Scottish Leaving Certificate Examination, 1955
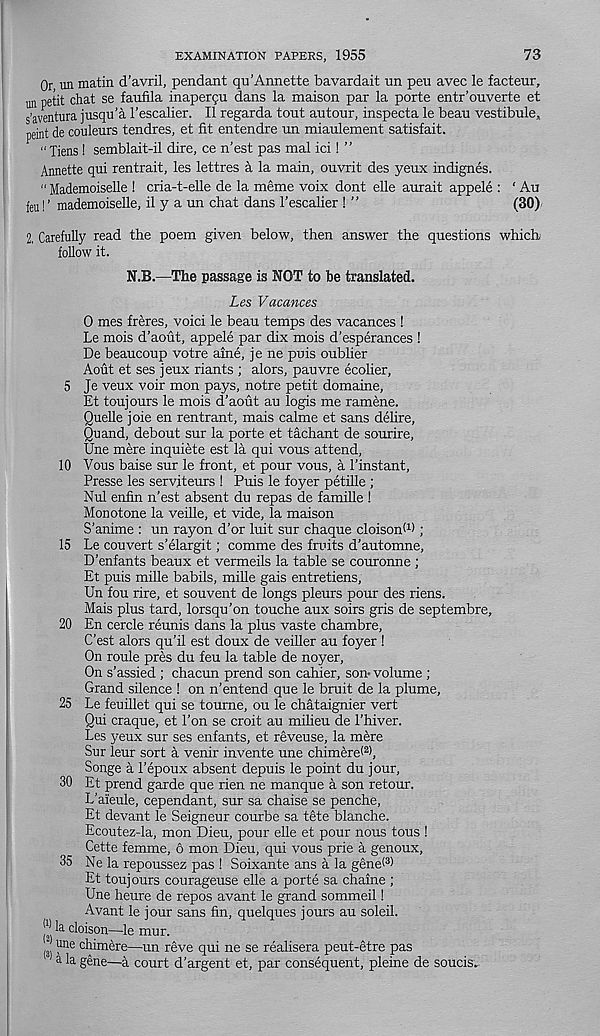
73
EXAMINATION PAPERS, 1955
Or un matin d’avril, pendant qu’Annette bavardait un pen avec le facteur,
un petit chat se faufila inapei^u dans la maison par la porte entr’ouverte et
s’aventura jusqu’a 1’escalier. II regarda tout autour, inspecta le beau vestibule,
peint de couleurs tendres, et fit entendre un miaulement satisfait.
“ Tiens ! semblait-il dire, ce n’est pas mal ici! ”
Annette qui rentrait, les lettres a la main, ouvrit des yeux indignes.
" Mademoiselle ! cria-t-elle de la meme voix dont elle aurait appele : ‘ Au
feu! ’ mademoiselle, il y a un chat dans 1’escalier ! ”
(30)'
2, Carefully read the poem given below, then answer the questions which
follow it.
N.B.—The passage is NOT to be translated.
Les Vacances
0 mes freres, voici le beau temps des vacances !
Le mois d’aout, appele par dix mois d’esperances !
De beaucoup votre aine, je ne puis oublier
Aout et ses jeux riants ; alors, pauvre ecoher,
5 Je veux voir mon pays, notre petit domaine,
Et toujours le mois d’aout au logis me ramene.
Quelle joie en rentrant, mais calme et sans delire,
Quand, debout sur la porte et tachant de sourire,
Une mere inquiete est la qui vous attend,
10 Vous baise sur le front, et pour vous, a I’instant,
Presse les serv.iteurs ! Puis le foyer petille ;
Nul enfin n’est absent du repas de famille !
Monotone la veille, et vide, la maison
S’anime : un rayon d’or luit sur chaque cloisonW ;
15 Le couvert s’elargit; comme des fruits d’automne,
D’enfants beaux et vermeils la table se couronne ;
Et puis mille babils, mille gais entretiens,
Un fou rire, et souvent de longs pleurs pour des riens.
Mais plus tard, lorsqu’on touche aux soirs gris de septembre,
20 En cercle reunis dans la plus vaste chambre,
C’est alors qu’il est doux de veiller au foyer !
On roule pres du feu la table de noyer.
On s’assied ; chacun prend son cahier, son* volume ;
Grand silence ! on n’entend que le bruit de la plume,
25 Le feuillet qui se tourne, ou le chataignier vert
Qui craque, et 1’on se croit au milieu de 1’hiver.
Les yeux sur ses enfants, et reveuse, la mere
Sur leur sort A venir invente une chimere< 2 ),
Songe a 1’epoux absent depuis le point du jour,
30 Et prend garde que rien ne manque a son retour.
L’aleule, cependant, sur sa chaise se penche,
Et devant le Seigneur courbe sa tete blanche.
Ecoutez-la, mon Dieu, pour elle et pour nous tous !
Cette femme, 6 mon Dieu, qui vous prie a genoux,
35 Ne la repoussez pas ! Soixante ans a la genet 3 )
Et toujours courageuse elle a porte sa chaine ;
Une heure de repos avant le grand sommeil!
Avant le jour sans fin, quelques jours au soleil.
j l * cloison—le mur.
I jne chimere—un reve qui ne se realisera peut-etre pas
a la gene—a court d’argent et, par consequent, pleine de soUcis..